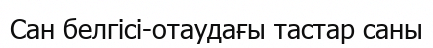
Сан белгісі-отаудағы тастар саны